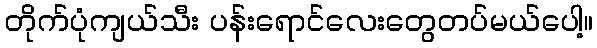
တိုက်ပုံကျယ်သီး ပန်းရောင်လေးတွေတပ်မယ်ပေါ့။